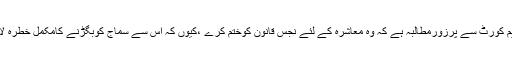
ہماراسپریم کورٹ سے پرزورمطالبہ ہے کہ وہ معاشرہ کے لئے نجس قانون کوختم کرے ،کیوں کہ اس سے سماج کوبگڑنے کامکمل خطرہ لاحق ہوگا۔